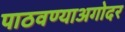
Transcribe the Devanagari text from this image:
पाठवण्याअगोदर